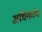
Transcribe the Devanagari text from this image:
अधिकांध